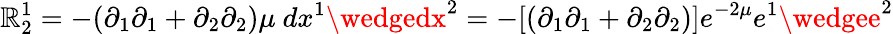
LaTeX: \mathbb{R}_{2}^{1}=-(\partial_{1}\partial_{1}+\partial_{2}\partial_{2})\mu~dx^{1}\wedgedx^{2}=-[(\partial_{1}\partial_{1}+\partial_{2}\partial_{2})]e^{-2\mu}e^{1}\wedgee^{2}